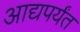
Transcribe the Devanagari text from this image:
आद्यपर्यंत